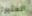
المثيرة